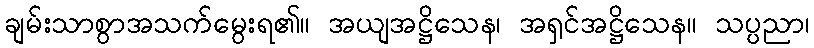
ချမ်းသာစွာအသက်မွေးရ၏။ အယျအဋ္ဌိသေန၊ အရှင်အဋ္ဌိသေန။ သပ္ပညာ၊